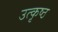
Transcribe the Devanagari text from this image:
उत्‍कृष्‍ठ